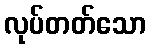
လုပ်တတ်သော